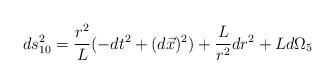
LaTeX: \begin{align*}ds^{2}_{10}= \frac{r^{2}}{L} (-dt^{2}+(d\vec{x})^{2})+ \frac{L}{r^{2}} dr^{2}+ L d\Omega_{5}\end{align*}